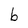
Character: b